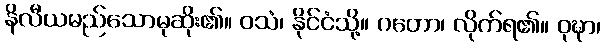
နိလီယမည်သောမုဆိုး၏။ ဝသံ၊ နိုင်ငံသို့။ ဂတော၊ လိုက်ရ၏။ ဝုဍ္ဎာ၊